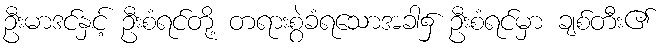
ဦးမာဒင်နှင့် ဦးစံရင်တို့ တရားစွဲခံရသောအခါ၌ ဦးစံရင်မှာ ချစ်တီး၏